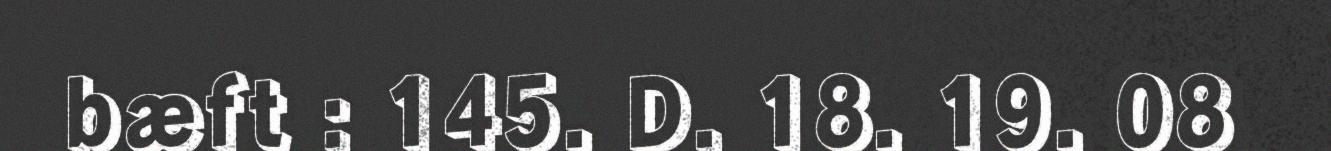
bæft : 145. D. 18. 19. 08